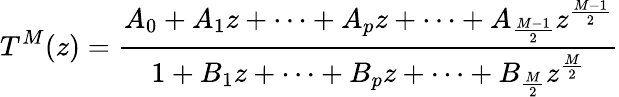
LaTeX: T^{M}(z)=\frac{A_{0}+A_{1}z+\cdots+A_{p}z+\cdots+A_{\frac{M-1}{2}}z^{\frac{M-1}{2}}}{1+B_{1}z+\cdots+B_{p}z+\cdots+B_{\frac{M}{2}}z^{\frac{M}{2}}}